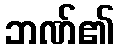
ဘဏ်၏